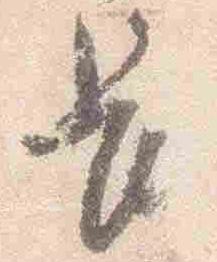
長